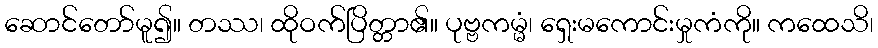
ဆောင်တော်မူ၍။ တဿ၊ ထိုဝက်ပြိတ္တာ၏။ ပုဗ္ဗကမ္မံ၊ ရှေးမကောင်းမှုကံကို။ ကထေသိ၊